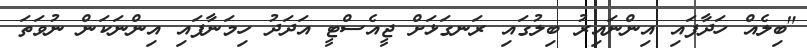
"ބިލެއް ހަދާފައި އިންނައިރު ބިލުގައި ރަނގަޅަށް ޖީއެސްޓީ އަދަދު ހިމަނާފައި އިންނަކަން ނުވަތަ